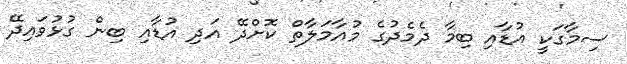
ސިމާގަކީ އުޑާއި ބިމާ ދެމެދުގެ މުއާމަލާތް ކޮށްދޭ އަދި އުޑާއި ބިން ގުޅުވައިދޭ